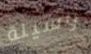
وسيلة